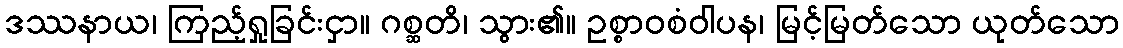
ဒဿနာယ၊ ကြည့်ရှုခြင်းငှာ။ ဂစ္ဆတိ၊ သွား၏။ ဥစ္စာဝစံဝါပန၊ မြင့်မြတ်သော ယုတ်သော